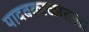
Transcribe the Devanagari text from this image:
यादवकाळातला